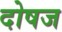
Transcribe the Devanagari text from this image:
दोषज